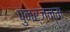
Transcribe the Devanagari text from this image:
पुनर्जन्‍म